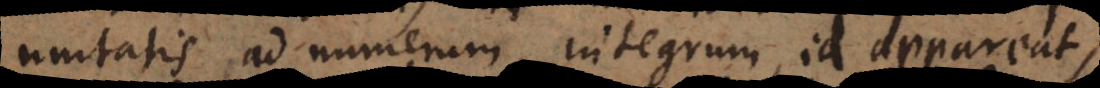
unitatis ad numerum integrum, id appareat,